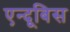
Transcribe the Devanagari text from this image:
एन्दूबिस